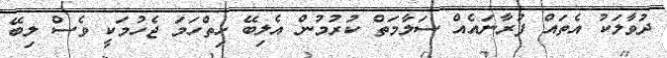
ދުވާލަކު އެތައް ފުރާނައެއް ސަލާމަތް ކުރުމުން އެލިބޭ ހިތްހަމަ ޖެހުމަކީ ވެސް ލިބޭ